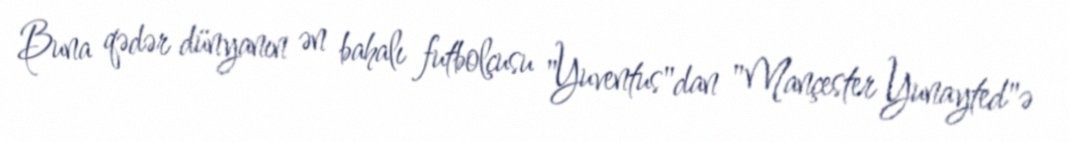
Buna qədər dünyanın ən bahalı futbolçusu "Yuventus"dan "Mançester Yunayted"ə